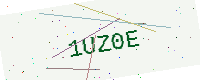
Text: 1UZ0E